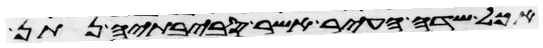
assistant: אכל שדה העיר אשר סביבתיה נתן